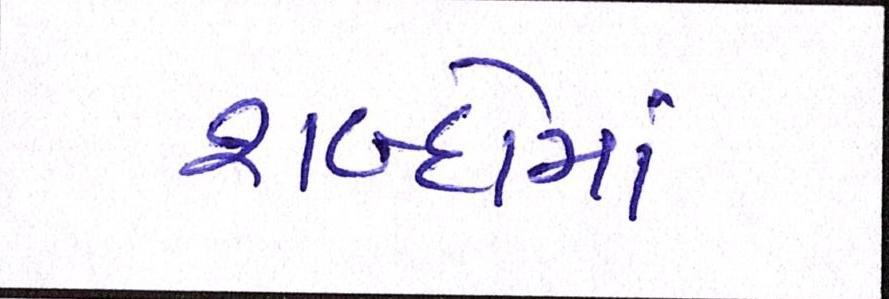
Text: શબ્દોમાં